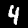
Digit: 4